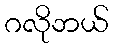
ဂလိုဘယ်